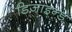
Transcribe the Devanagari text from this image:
डिजाइन्ड